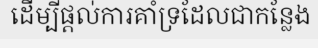
ដើម្បីផ្តល់ការគាំទ្រដែលជាកន្លែង